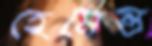
হেমেন্ত